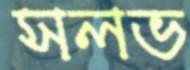
সলভ